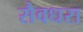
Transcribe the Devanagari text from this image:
सैवधरा